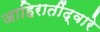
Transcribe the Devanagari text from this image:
जाहिरातींद्वारे